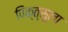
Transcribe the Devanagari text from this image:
पिक्त्सूला